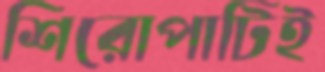
শিরোপাটিই